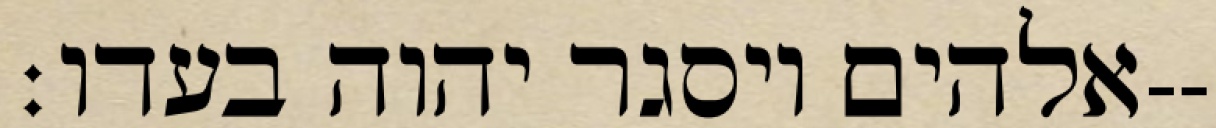
אלהים ויסגר יהוה בעדו׃--